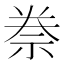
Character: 䄅